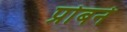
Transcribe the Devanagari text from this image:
प्रोबने